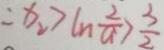
\therefore x _ { 2 } > C n \frac { 2 } { a } > \frac { 3 } { 2 }